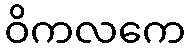
ဝိကလကေ